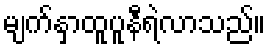
မျက်နှာထူပူနီရဲလာသည်။